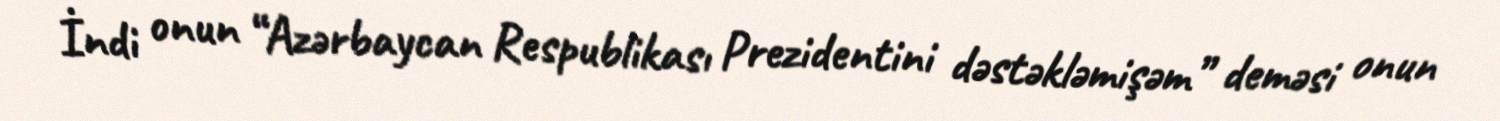
İndi onun “Azərbaycan Respublikası Prezidentini dəstəkləmişəm” deməsi onun